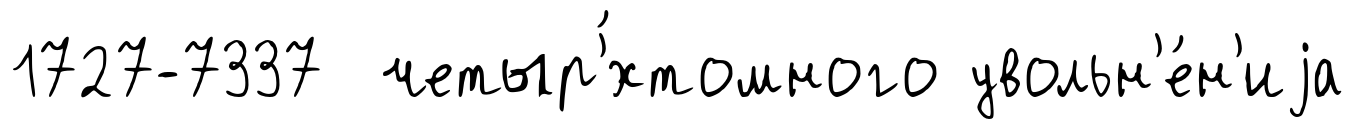
1727-7337 четыр'́хтомного увольн'е́н'иjа